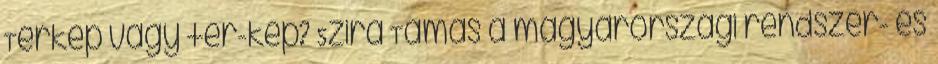
Térkép vagy tér-kép? Szira Tamás a magyarországi rendszer- és